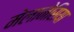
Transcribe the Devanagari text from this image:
मेलानेसिया